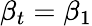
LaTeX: \beta_{t}=\beta_{1}